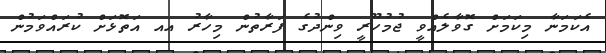
އެކަމަނާ މިކަމަށް ގޮވާލެއްވީ ޖުމުހޫރީ ވިންދުގެ ފަރާތުން މިހާރު އއ އަތޮޅަށް ކުރައްވަމުން